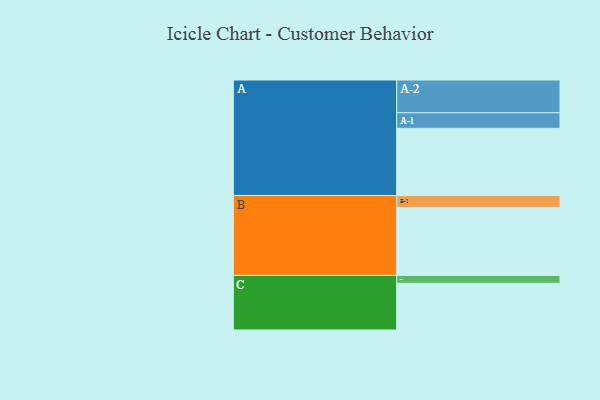
{"axis": {"x": "Segment", "y": "Value"}, "legend": ["", "A", "B", "C"], "data": [{"x": "A", "y": 588, "type": ""}, {"x": "B", "y": 594, "type": ""}, {"x": "C", "y": 409, "type": ""}, {"x": "A-1", "y": 136, "type": "A"}, {"x": "A-2", "y": 287, "type": "A"}, {"x": "B-1", "y": 106, "type": "B"}, {"x": "C-1", "y": 69, "type": "C"}]}